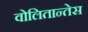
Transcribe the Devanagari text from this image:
वोलितान्तेस